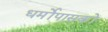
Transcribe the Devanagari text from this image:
धर्मोपासकों